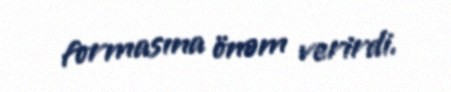
formasına önəm verirdi.